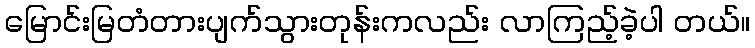
မြောင်းမြတံတားပျက်သွားတုန်းကလည်း လာကြည့်ခဲ့ပါ တယ်။